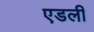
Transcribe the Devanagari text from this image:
एडली